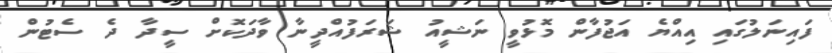
ފައިނަލުގައި އިއްޔެ އަޖުފާން މޮޅުވީ ނަޝީއު ޝަރަފުއްދީނާ ވާދަކޮށް ސީދާ ދެ ސެޓުން